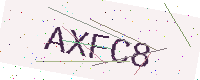
Text: AXFC8